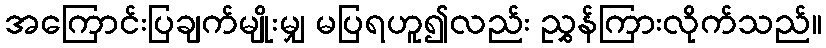
အကြောင်းပြချက်မျိုးမျှ မပြရဟူ၍လည်း ညွှန်ကြားလိုက်သည်။